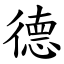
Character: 德